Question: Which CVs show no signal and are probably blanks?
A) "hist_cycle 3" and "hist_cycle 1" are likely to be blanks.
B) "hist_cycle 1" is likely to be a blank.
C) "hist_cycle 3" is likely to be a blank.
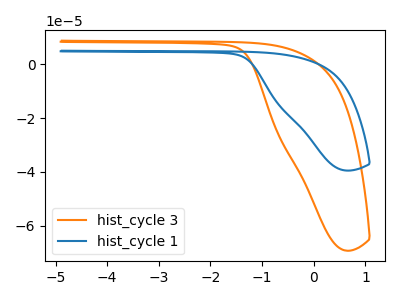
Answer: <think>The orange curve "hist_cycle 3" has no peaks. The blue curve "hist_cycle 1" has no peaks.</think>
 <answer>A) "hist_cycle 3" and "hist_cycle 1" are likely to be blanks.</answer>
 <eval>A</eval>